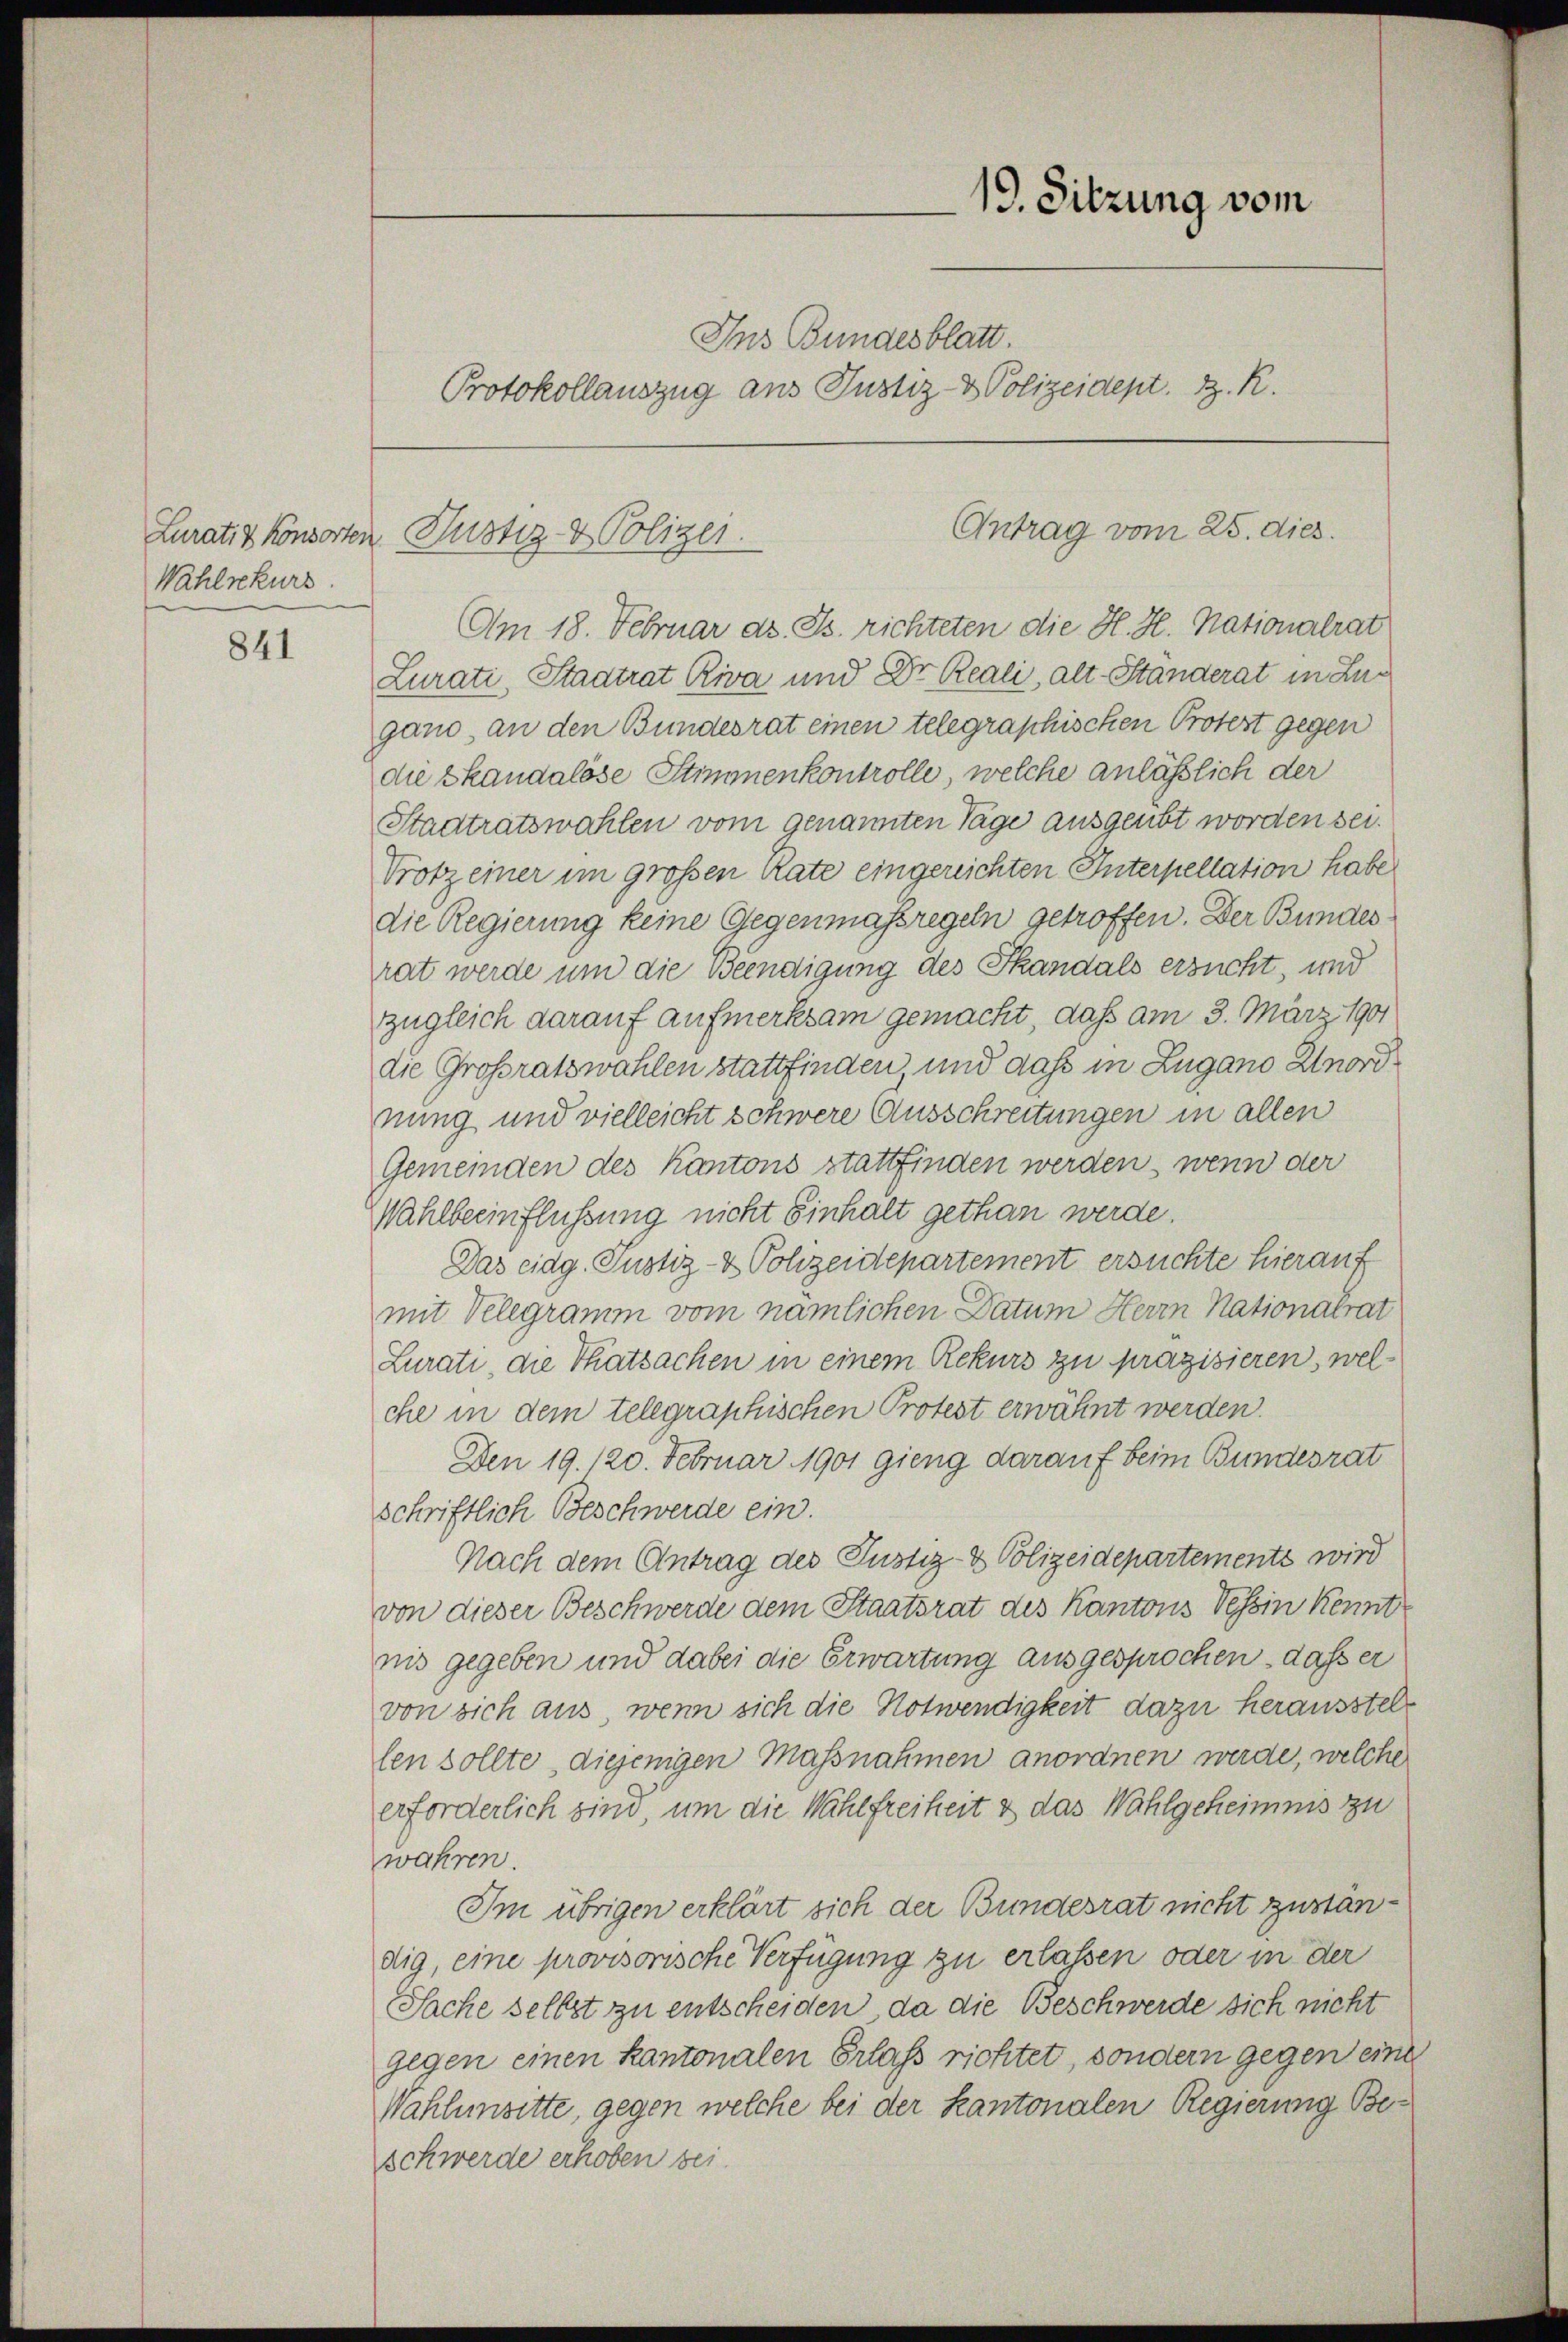
Lurativ konsorten
Wahlrekurs

841

19. Sitzung vom
Ins Bundesblatt.
Protokollauszug aus Justiz- & Polizeidept. d. R.

Justiz- & Polizei.

Am 18. Februar d. Js. richteten die H. H. Nationalrat
Lurati, Stadtrat Riva und Dr. Reali, alt-Ständerat in Lugand, an den Bundesrat einen telegraphischen Protest gegen
die Skandalöse Stimmenkontrolle, welche anlässlich der
Stadtratswahlen vom genannten Tage ausgeübt worden sei.
Trotz einer im großen Rate eingereichten Interpellation habe
die Regierung keine Gegenmaßregeln getroffen. Der Bundes
rat werde und die Beendigung des Skandals ersucht, und
zzugleich darauf aufmerksam gemacht, daß am 3. März 1901
die Großratswahlen stattfinden und daß in Zugano Unordnung und vielleicht schwere Ausschreitungen in allen
Gemeinden des Kantons stattfinden werden, wenn der
Wahlbeeinflüssung nicht Einhalt gethan werde.
Das eidg. Justiz- & Polizeidepartement ersuchte hierauf
mit Velegramm vom nämlichen Datum Herrn Nationalrat
Lurati die Thatsachen in einem Rekurs zu präzisieren, welche in dem telegraphischen Protest erwähnt werden.
Den 19. 120. Februar 1901 gieng darauf beim Bundesrat
schriftlich Beschwerde ein.
Nach dem Antrag des Justiz- & Polizeidepartements wird
von dieser Beschwerde dem Staatsrat des Kantons Tessin Kennt
nis gegeben und dabei die Erwartung ausgesprochen, daß er
von sich aus, wenn sich die Notwendigkeit dazu herausstellen sollte diejenigen Massnahmen anordnen werde, welche
erforderlich sind, um die Wahlfreiheit & das Wahlgeheimnis zu
wahren.
Im übrigen erklärt sich der Bundesrat nicht zuständig, eine provisorische Verfügung zu erlassen oder in der
Sache selbst zu entscheiden, da die Beschwerde sich nicht
gegen einen kantonalen Erlass richtet, sondern gegen eine
Wahlensitte, gegen welche bei der Kantonalen Regierung Ber
schwerde erhoben bei.

Antrag vom 25. dies.